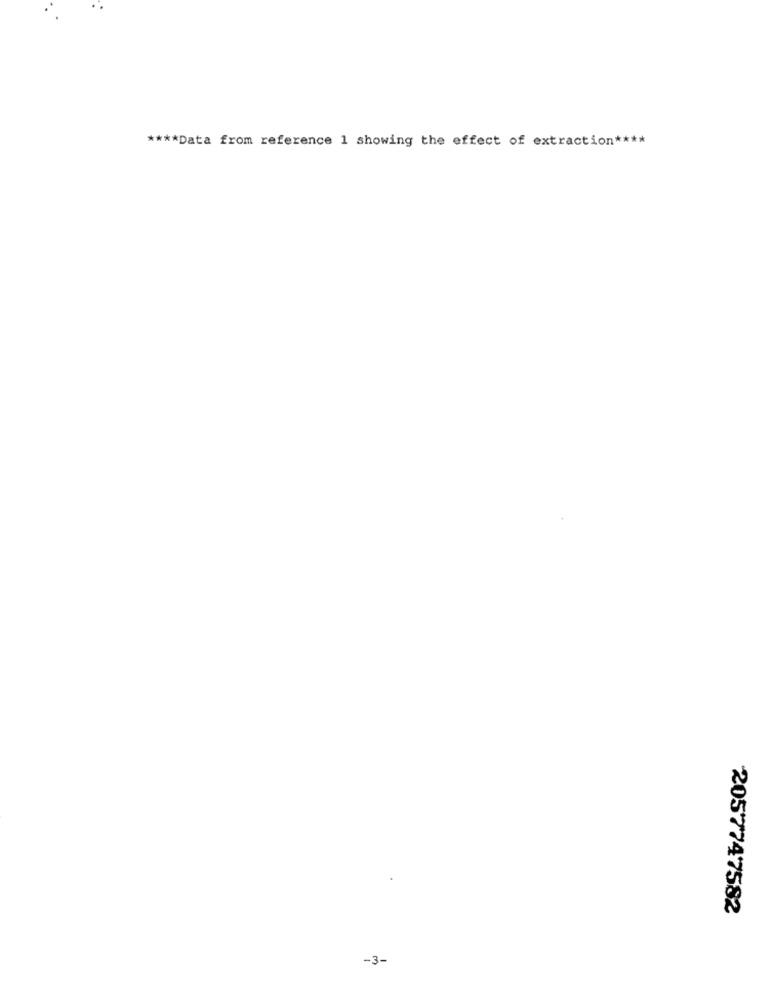
**** Data from reference 1 showing the effect of extraction ****
2057747582
-3-